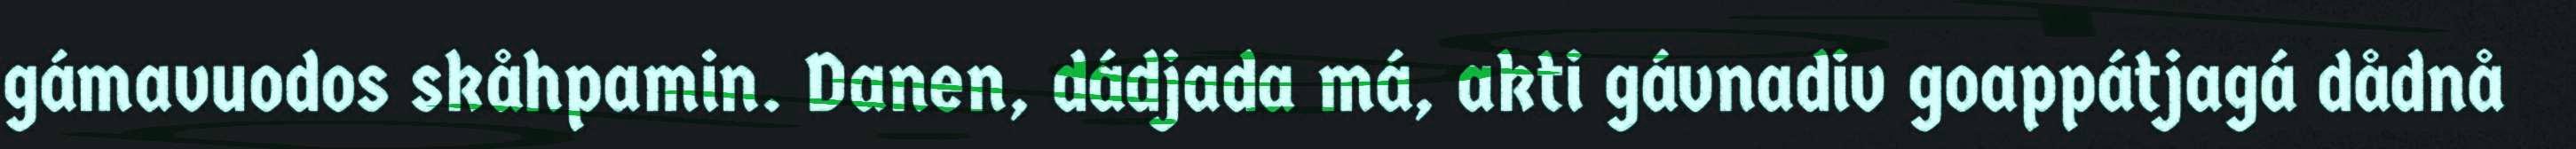
gámavuodos skåhpamin. Danen, dádjada má, akti gávnadiv goappátjagá dådnå